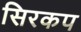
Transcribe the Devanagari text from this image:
सिरकप